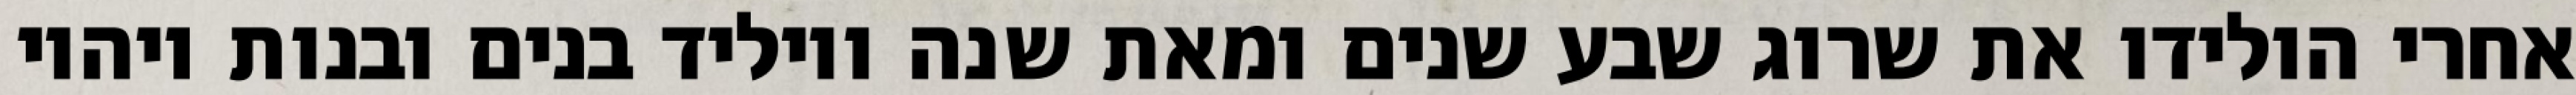
אחרי הולידו את שרוג שבע שנים ומאת שנה ויוליד בנים ובנות ויהיו